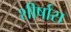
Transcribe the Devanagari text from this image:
शीर्षास